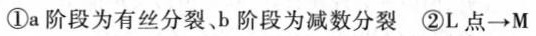
①a阶段为有丝分裂、b阶段为减数分裂②L点→M